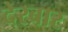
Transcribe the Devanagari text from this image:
देरबार